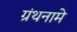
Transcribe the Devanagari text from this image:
ग्रंथनामे